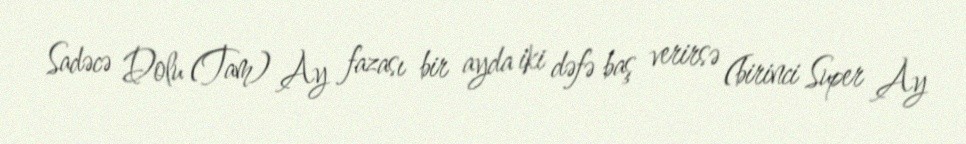
Sadəcə Dolu (Tam) Ay fazası bir ayda iki dəfə baş verirsə (birinci Super Ay